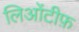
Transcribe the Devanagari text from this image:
लिओंटीफ़